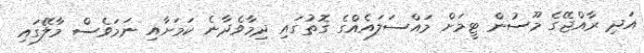
އަދި ރާއްޖޭގެ މޫސުން ޓީމަށް މައްސަލައެއްގެ ގޮތުގައި ދިމާވެދާނެ ކަމަށާއި ނަމަވެސް މާލޭގައި